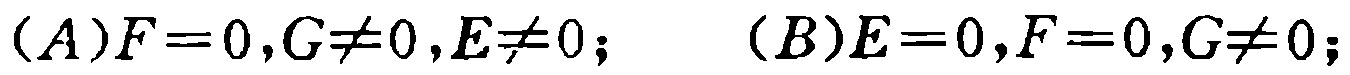
\((A)F = 0,G\neq0,E\neq0;\quad (B)E = 0,F = 0,G\neq0;\)